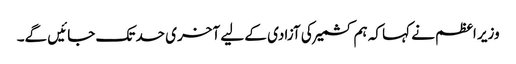
وزیر اعظم نے کہا کہ ہم کشمیر کی آزادی کے لیے آخری حد تک جائیں گے۔